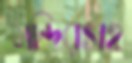
মন্দিরসহ